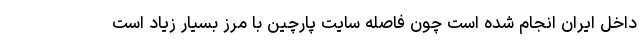
داخل ایران انجام شده است چون فاصله سایت پارچین با مرز بسیار زیاد است